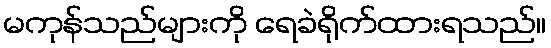
မကုန်သည်များကို ရေခဲရိုက်ထားရသည်။